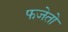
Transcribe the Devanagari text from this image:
फजेतो